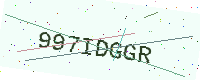
Text: 997IDGGR